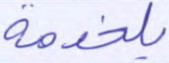
بلخدمة